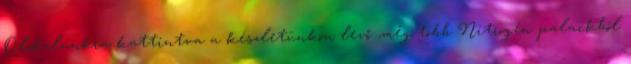
Oldalunkra kattintva a készletünkön levő ,még több Nitrogén palackból